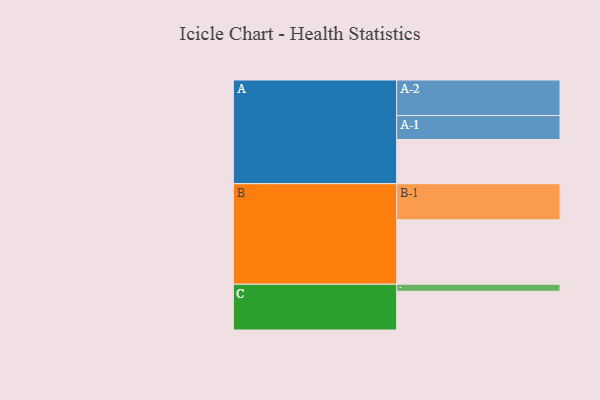
{"axis": {"x": "Segment", "y": "Value"}, "legend": ["", "A", "B", "C"], "data": [{"x": "A", "y": 363, "type": ""}, {"x": "B", "y": 529, "type": ""}, {"x": "C", "y": 318, "type": ""}, {"x": "A-1", "y": 197, "type": "A"}, {"x": "A-2", "y": 292, "type": "A"}, {"x": "B-1", "y": 297, "type": "B"}, {"x": "C-1", "y": 58, "type": "C"}]}